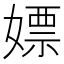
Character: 嫖